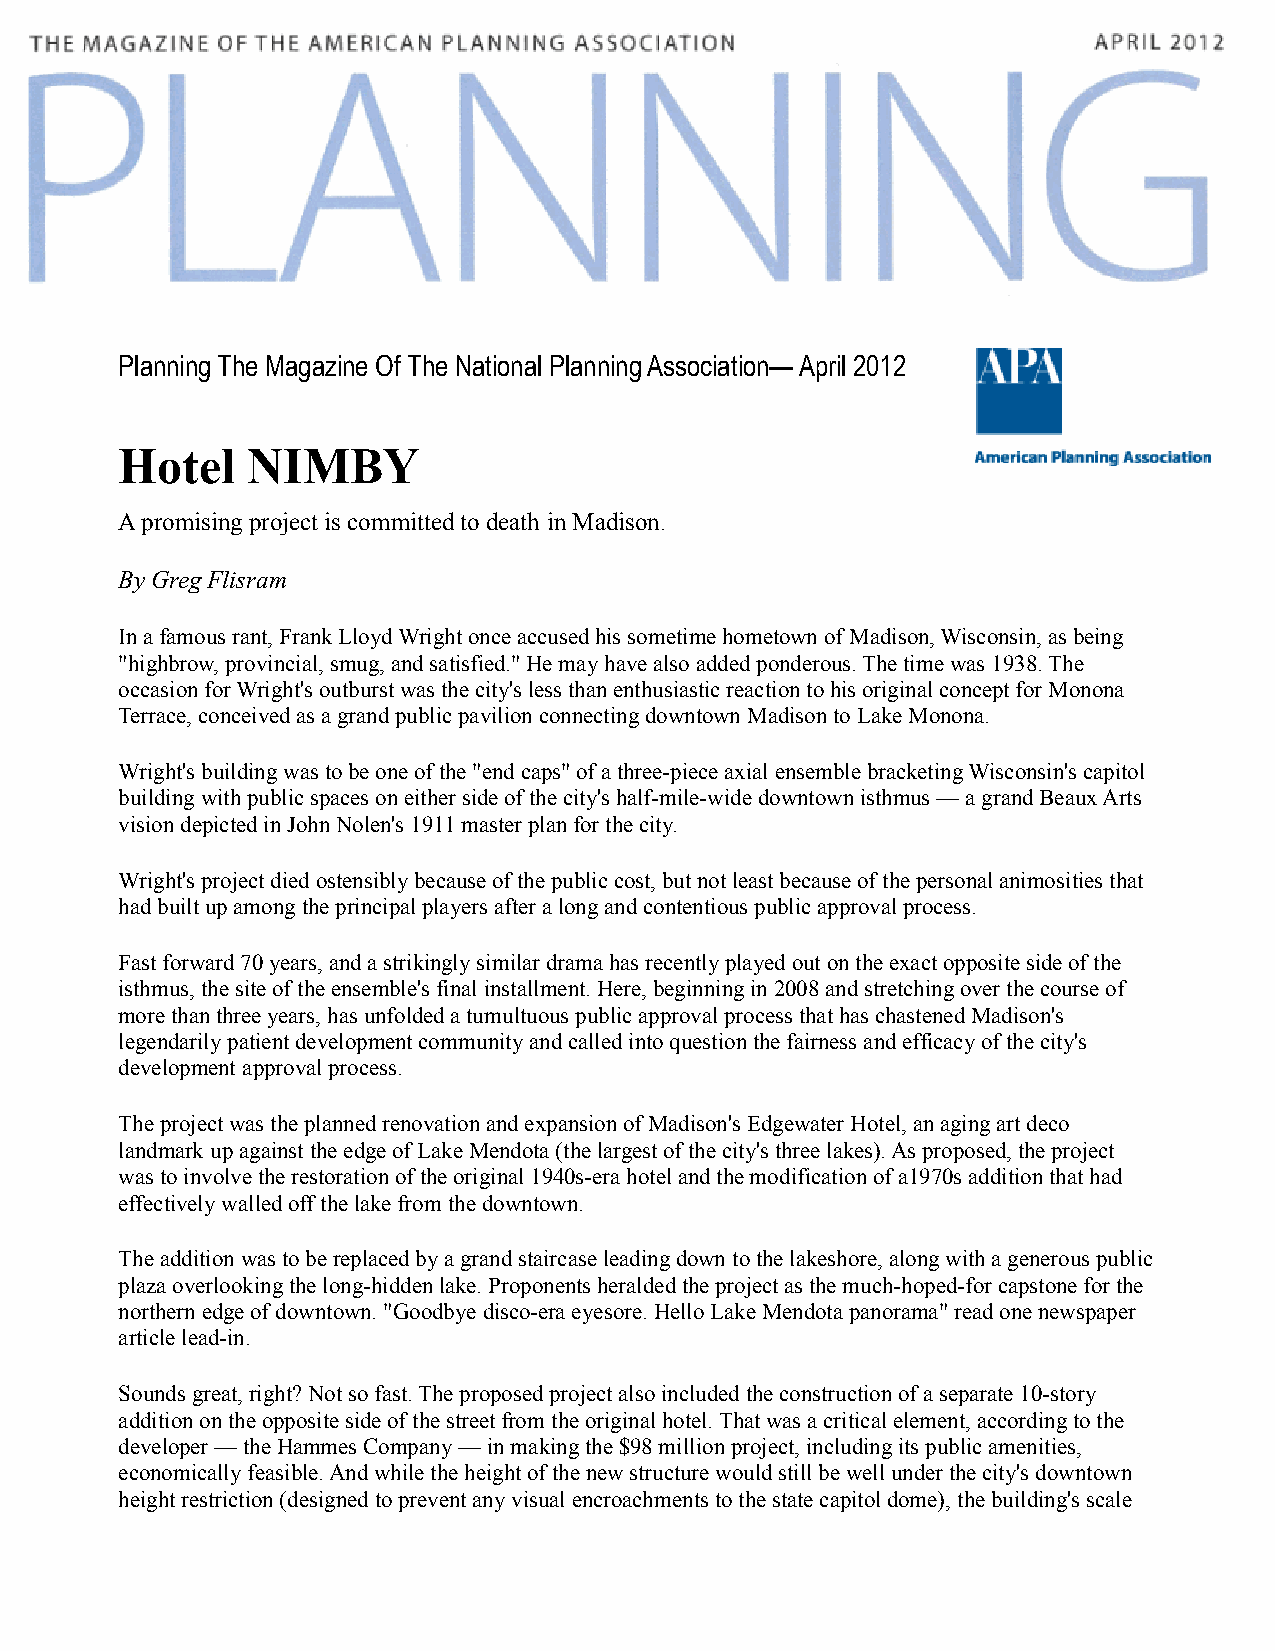
Planning The Magazine Of The National Planning Association— April 2012
 Hotel   NIMBY
 A promising project is committed to death in Madison.
 By Greg Flisram
 In a famous rant, Frank Lloyd Wright once accused his sometime hometown of Madison, Wisconsin, as being
 "highbrow, provincial, smug, and satisfied." He may have also added ponderous. The time was 1938. The
 occasion for Wright's outburst was the city's less than enthusiastic reaction to his original concept for Monona
 Terrace, conceived as a grand public pavilion connecting downtown Madison to Lake Monona.
 Wright's building was to be one of the "end caps" of a three-piece axial ensemble bracketing Wisconsin's capitol
 building with public spaces on either side of the city's half-mile-wide downtown isthmus — a grand Beaux Arts
 vision depicted in John Nolen's 1911 master plan for the city.
 Wright's project died ostensibly because of the public cost, but not least because of the personal animosities that
 had built up among the principal players after a long and contentious public approval process.
 Fast forward 70 years, and a strikingly similar drama has recently played out on the exact opposite side of the
 isthmus, the site of the ensemble's final installment. Here, beginning in 2008 and stretching over the course of
 more than three years, has unfolded a tumultuous public approval process that has chastened Madison's
 legendarily patient development community and called into question the fairness and efficacy of the city's
 development approval process.
 The project was the planned renovation and expansion of Madison's Edgewater Hotel, an aging art deco
 landmark up against the edge of Lake Mendota (the largest of the city's three lakes). As proposed, the project
 was to involve the restoration of the original 1940s-era hotel and the modification of a1970s addition that had
 effectively walled off the lake from the downtown.
 The addition was to be replaced by a grand staircase leading down to the lakeshore, along with a generous public
 plaza overlooking the long-hidden lake. Proponents heralded the project as the much-hoped-for capstone for the
 northern edge of downtown. "Goodbye disco-era eyesore. Hello Lake Mendota panorama" read one newspaper
 article lead-in.
 Sounds great, right? Not so fast. The proposed project also included the construction of a separate 10-story
 addition on the opposite side of the street from the original hotel. That was a critical element, according to the
 developer — the Hammes Company — in making the $98 million project, including its public amenities,
 economically feasible. And while the height of the new structure would still be well under the city's downtown
 height restriction (designed to prevent any visual encroachments to the state capitol dome), the building's scale